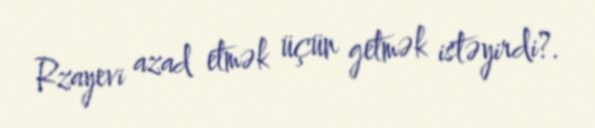
Rzayevi azad etmək üçün getmək istəyirdi?.